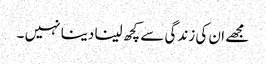
مجھے ان کی زندگی سے کچھ لینا دینا نہیں ۔